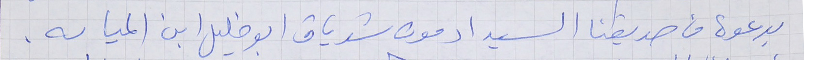
بدعوة من صديقنا السيد ادمون شدياق ابو خليل ابن المياسه.